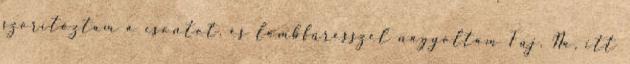
szorítóztam a csontot, és lombfűrésszel nagyoltam Fúj. Na, itt